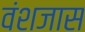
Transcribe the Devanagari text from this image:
वंशजास